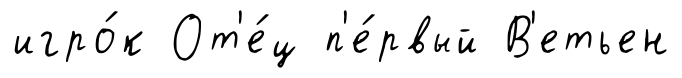
игро́к От'е́ц п'е́рвый В'етьен